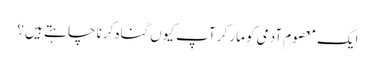
ایک معصوم آدمی کو مار کر آپ کیوں گناہ کرنا چا ہتے ہیں ؟